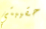
حقيبتي